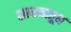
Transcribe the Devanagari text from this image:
साधनातून